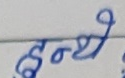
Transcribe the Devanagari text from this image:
दन्थे